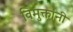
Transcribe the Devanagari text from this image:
विमुक्तांनी